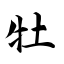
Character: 牡